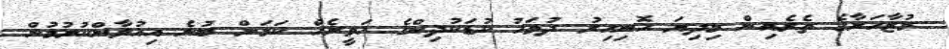
މުޒާހަރާގެ ތެރެއިން މިދިޔަ ހޮނިހިރު ދުވަހު ކުޑަކުދިންގެ ހަވީރެއް ކަމަށް ބުނެ އިއުލާންކުރުމުން